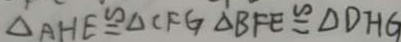
\Delta A H E \cong \Delta C F G \Delta B F E \cong \Delta D H G